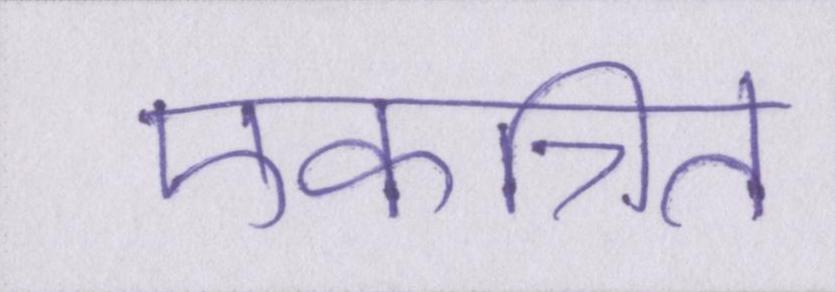
एकत्रित